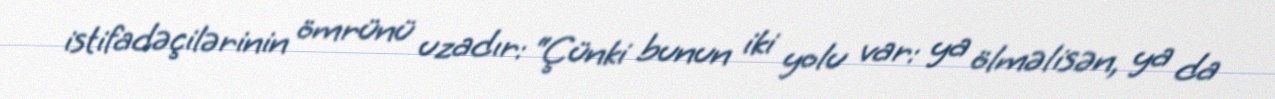
istifadəçilərinin ömrünü uzadır: “Çünki bunun iki yolu var: ya ölməlisən, ya da